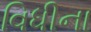
વિધીના